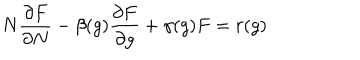
N { \frac { \partial F } { \partial N } } - \beta ( g ) { \frac { \partial F } { \partial g } } + \gamma ( g ) F = r ( g )